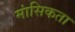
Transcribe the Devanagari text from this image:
मांसिकता